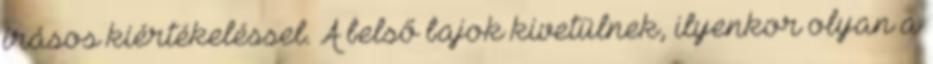
írásos kiértékeléssel. A belső bajok kivetülnek, ilyenkor olyan a